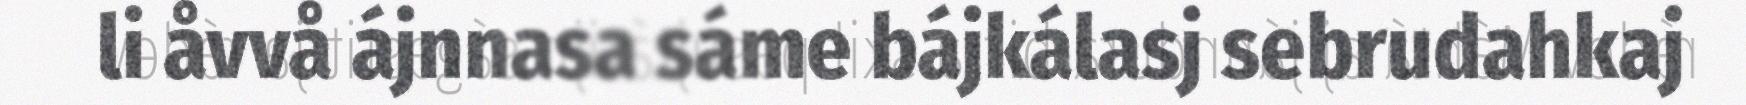
li åvvå ájnnasa sáme bájkálasj sebrudahkaj